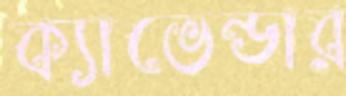
ক্যাভেন্ডার